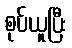
စုပ်ယူပြီး